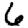
Digit: 6